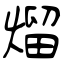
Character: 熘